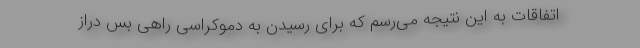
اتفاقات به این نتیجه می‌رسم که برای رسیدن به دموکراسی راهی بس دراز